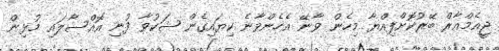
ޖީއެމްއާރް ބޭރުކޮށްފިއްޔާ މިހެން ވާނޭ އެހެންވާނެ ކިޔައިގެން ޝަކުވާ ފުނި އޮއްސާލައި މުޅިން